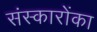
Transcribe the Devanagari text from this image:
संस्कारोंका